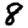
Digit: 8